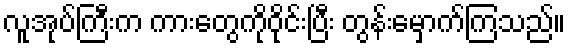
လူအုပ်ကြီးက ကားတွေကိုဝိုင်းပြီး တွန်းမှောက်ကြသည်။